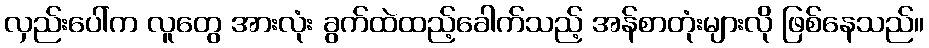
လှည်းပေါ်က လူတွေ အားလုံး ခွက်ထဲထည့်ခေါက်သည့် အန်စာတုံးများလို ဖြစ်နေသည်။